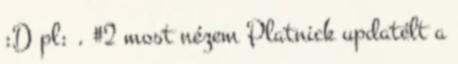
:D pl: . #2 most nézem Platnick updatélt a